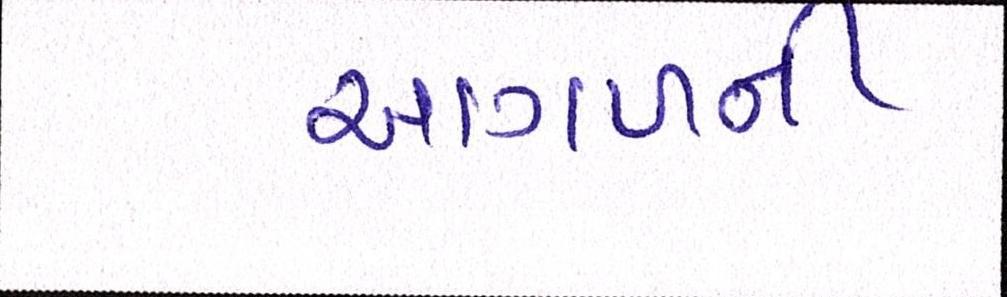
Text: આગળની